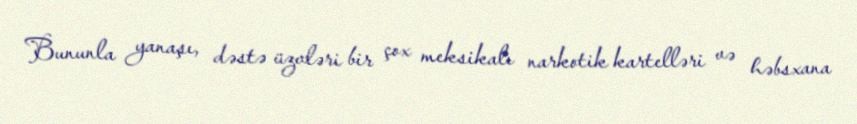
Bununla yanaşı, dəstə üzvləri bir çox meksikalı narkotik kartelləri və həbsxana